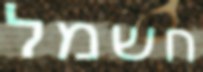
חשמל